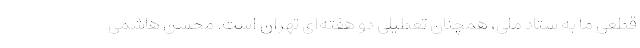
قطعی ما به ستاد ملی، همچنان تعطیلی دو هفته‌ای تهران است. محسن هاشمی